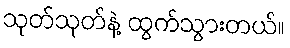
သုတ်သုတ်နဲ့ ထွက်သွားတယ်။